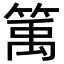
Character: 𥯔